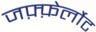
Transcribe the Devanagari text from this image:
जफ़्फ़ेर्लोट